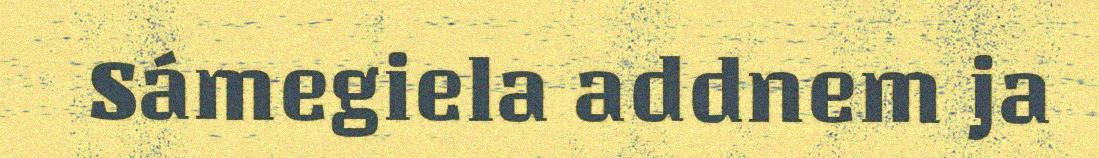
Sámegiela addnem ja